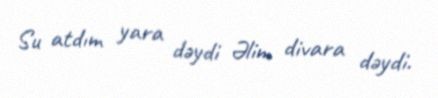
Su atdım yara dəydi Əlim divara dəydi.